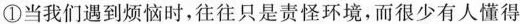
①当我们遇到烦恼时，往往只是责怪环境，而很少有人懂得